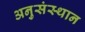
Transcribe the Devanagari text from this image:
अनुसंस्थान